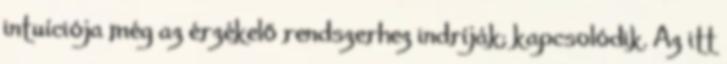
intuíciója még az érzékelő rendszerhez indríják; kapcsolódik. Az itt